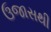
ઉજાસથી